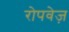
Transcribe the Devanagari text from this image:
रोपवेज़